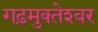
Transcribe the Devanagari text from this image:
गढ़मुक्‍तेश्‍वर